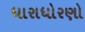
ધારાધોરણો